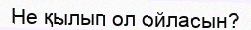
Не қылып ол ойласын?